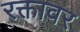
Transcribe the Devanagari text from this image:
रक्तावर